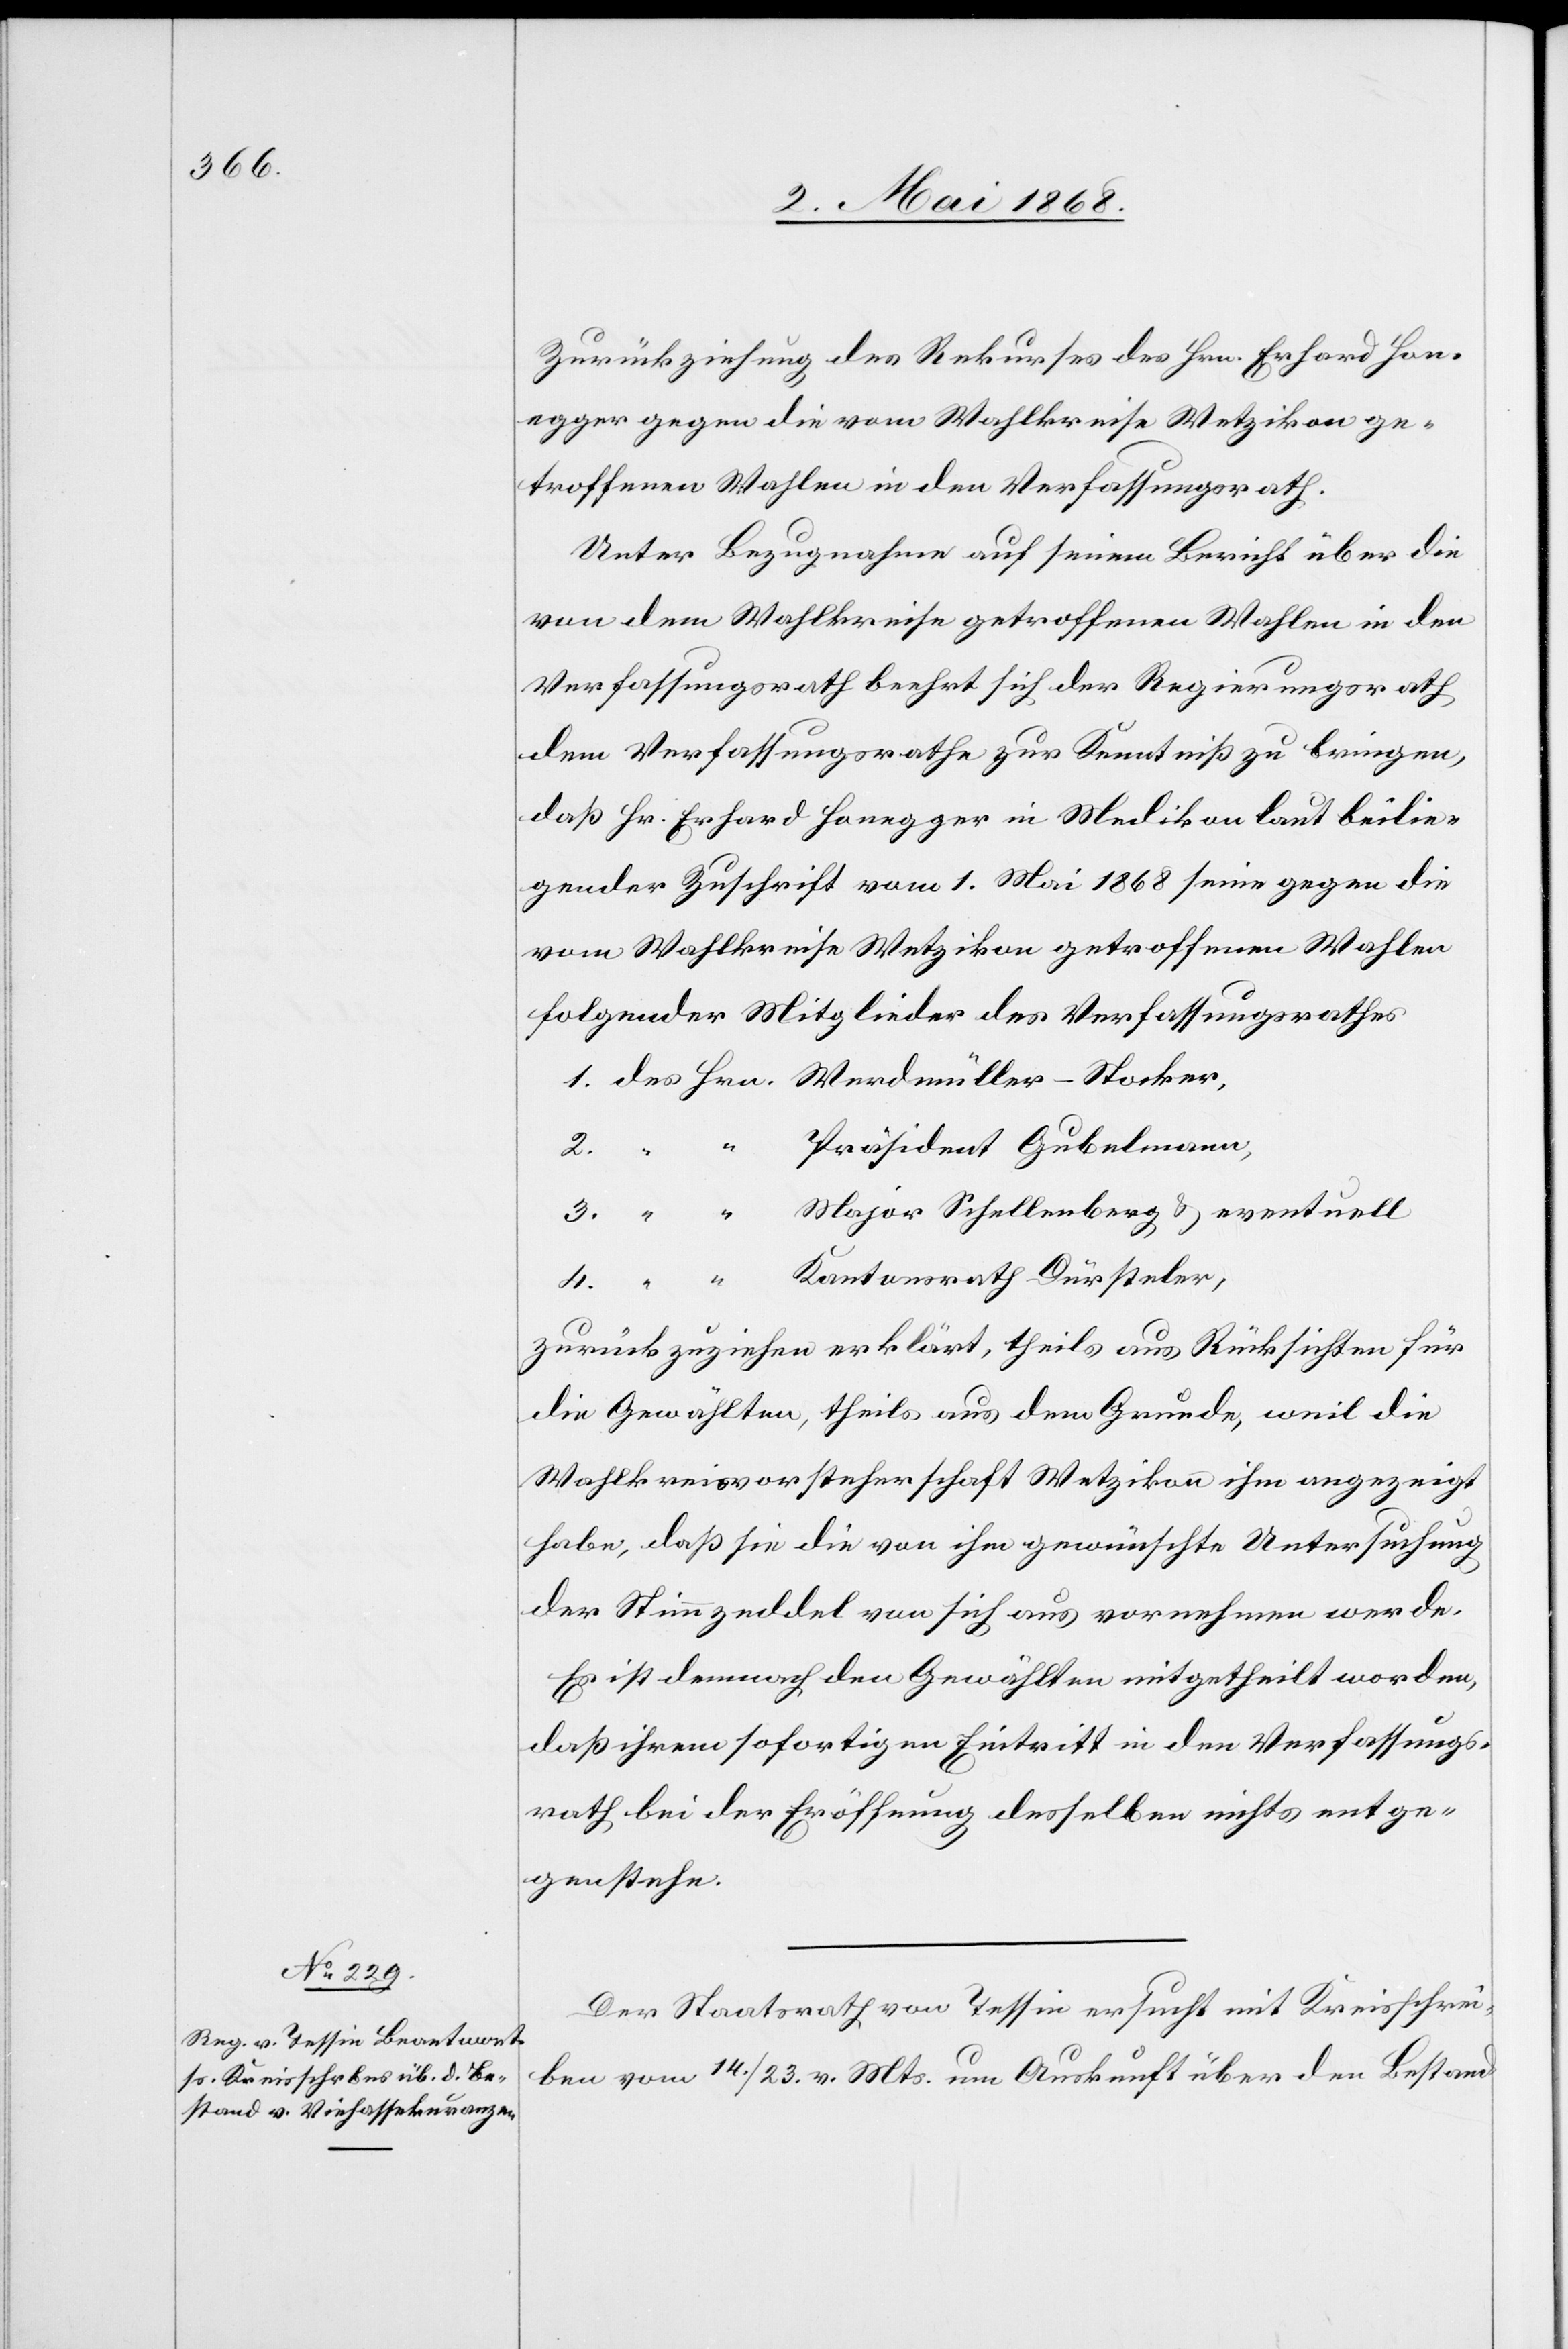
Zurückziehung des Rekurses des Hrn. Erhard Hon¬
egger gegen die vom Wahlkreise Wetzikon ge¬
troffenen Wahlen in den Verfassungsrath.
Unter Bezugnahme auf seinen Bericht über die
von dem Wahlkreise getroffenen Wahlen in den
Verfassungsrath beehrt sich der Regierungsrath
dem Verfassungsrathe zur Kenntniß zu bringen,
daß Hr. Erhard Honegger in Medikon laut beilie¬
gender Zuschrift vom 1. Mai 1868 seine gegen die
vom Wahlkreise Wetzikon getroffenen Wahlen
folgender Mitglieder des Verfassungsrathes
1. des Hrn. Werdmüller-Stocker,
Präsident Gubelmann,
“
3.
“
Major Schellenberg & eventuell
4. “ “ Kantonsrath Dürsteler,
zurückzuziehen erklärt, theils aus Rücksichten für
die Gewählten, theils aus dem Grunde, weil die
Wahlkreisvorsteherschaft Wetzikon ihm angezeigt
habe, daß sie die von ihm gewünschte Untersuchung
der Stimmzeddel von sich aus vornehmen werde.
Es ist demnach den Gewählten mitgetheilt worden,
daß ihrem sofortigen Eintritt in den Verfassungs¬
rath bei der Eröffnung desselben nichts entge¬
genstehe.
Der Staatsrath von Tessin ersucht mit Kreisschrei¬
ben vom 14. / 23. v. Mts. um Auskunft über den Bestand